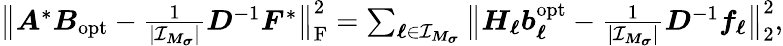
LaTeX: \begin{array}{r}{\big\| \boldsymbol A^{*}\boldsymbol B_{\mathrm{opt}}-\frac{1}{|\mathcal I_{\boldsymbol M_{\boldsymbol\sigma}}|}\boldsymbol D^{-1}\boldsymbol F^{*}\big\| _{\mathrm F}^{2}=\sum_{\boldsymbol\ell\in\mathcal I_{\boldsymbol M_{\boldsymbol\sigma}}}\big\| \boldsymbol H_{\boldsymbol\ell}\boldsymbol b_{\boldsymbol\ell}^{\mathrm{opt}}-\frac{1}{|\mathcal I_{\boldsymbol M_{\boldsymbol\sigma}}|}\boldsymbol D^{-1}\boldsymbol f_{\boldsymbol\ell}\big\| _{2}^{2},}\end{array}